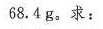
68.4g。求：